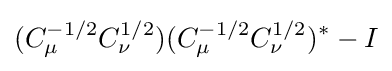
(C_{\mu }^{-1/2}C_{\nu }^{1/2})(C_{\mu }^{-1/2}C_{\nu }^{1/2})^{\ast }-I